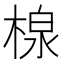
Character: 楾